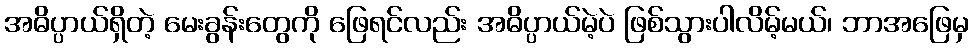
အဓိပ္ပာယ်ရှိတဲ့ မေးခွန်းတွေကို ဖြေရင်လည်း အဓိပ္ပာယ်မဲ့ပဲ ဖြစ်သွားပါလိမ့်မယ်၊ ဘာအဖြေမှ